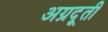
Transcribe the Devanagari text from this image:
अग्रदूती